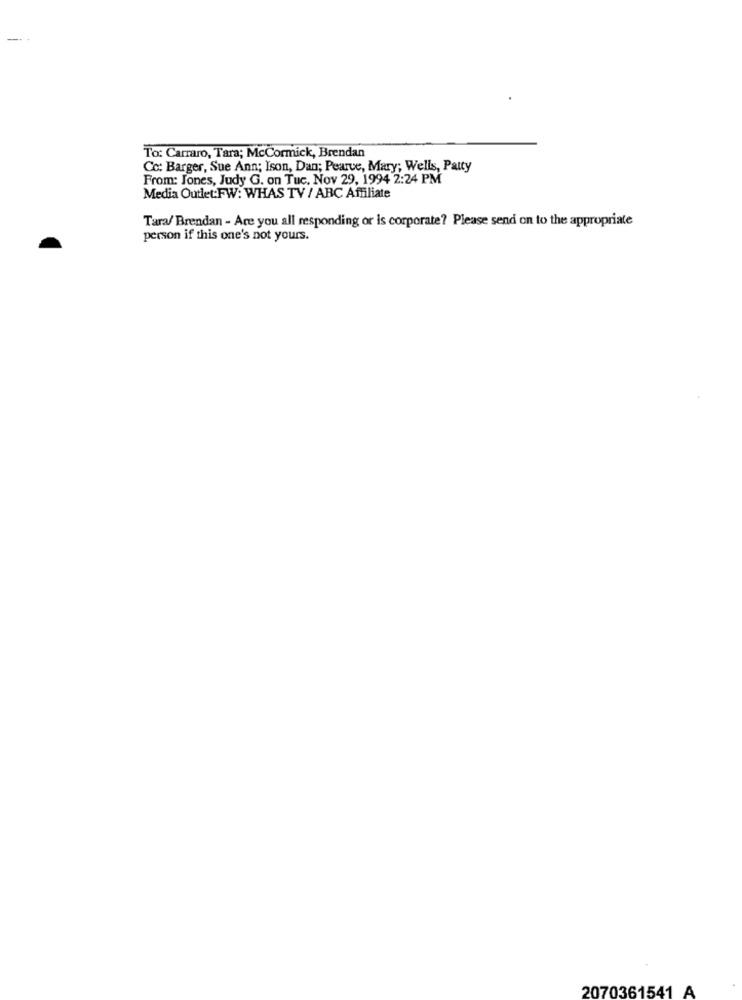
--
To: Carraro, Tara; McCormick, Brendan
Co: Barger, Sue Ann; Ison, Dan; Pearve, Mary; Wells, Patty
From: Jones, Judy G. on Tue, Nov 29, 1994 2:24 PM
Media Outlet:FW: WHAS TV / ABC Affiliate
Tara/ Brendan - Are you all responding or is corporate? Please send on to the appropriate
person if this one's not yours.
2070361541 A